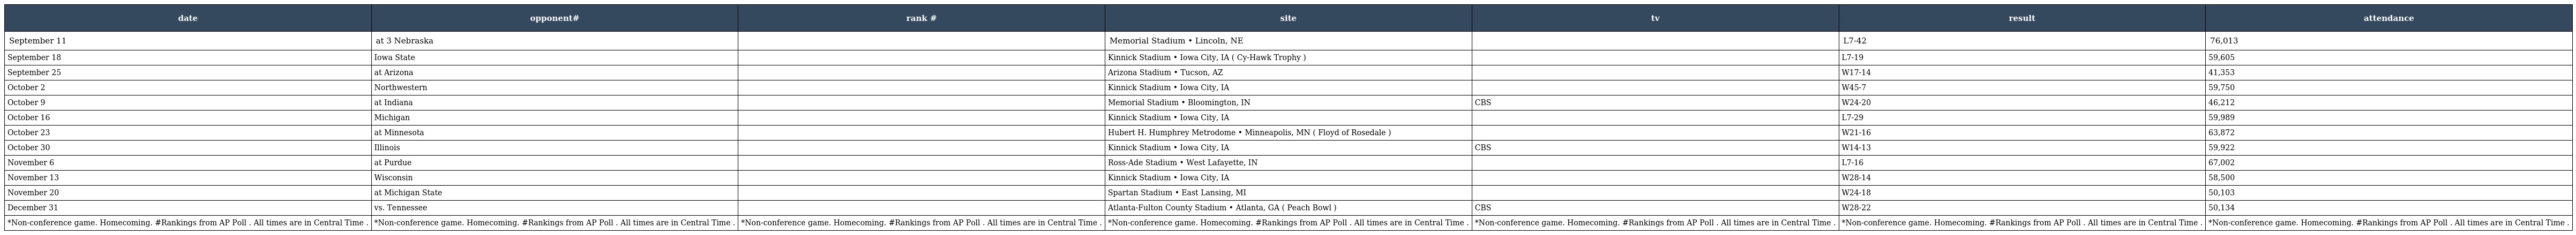
| date | opponent# | rank # | site | tv | result | attendance |
 | --- | --- | --- | --- | --- | --- | --- |
 | September 11 | at 3 Nebraska |  | Memorial Stadium • Lincoln, NE |  | L7-42 | 76,013 |
 | September 18 | Iowa State |  | Kinnick Stadium • Iowa City, IA ( Cy-Hawk Trophy ) |  | L7-19 | 59,605 |
 | September 25 | at Arizona |  | Arizona Stadium • Tucson, AZ |  | W17-14 | 41,353 |
 | October 2 | Northwestern |  | Kinnick Stadium • Iowa City, IA |  | W45-7 | 59,750 |
 | October 9 | at Indiana |  | Memorial Stadium • Bloomington, IN | CBS | W24-20 | 46,212 |
 | October 16 | Michigan |  | Kinnick Stadium • Iowa City, IA |  | L7-29 | 59,989 |
 | October 23 | at Minnesota |  | Hubert H. Humphrey Metrodome • Minneapolis, MN ( Floyd of Rosedale ) |  | W21-16 | 63,872 |
 | October 30 | Illinois |  | Kinnick Stadium • Iowa City, IA | CBS | W14-13 | 59,922 |
 | November 6 | at Purdue |  | Ross-Ade Stadium • West Lafayette, IN |  | L7-16 | 67,002 |
 | November 13 | Wisconsin |  | Kinnick Stadium • Iowa City, IA |  | W28-14 | 58,500 |
 | November 20 | at Michigan State |  | Spartan Stadium • East Lansing, MI |  | W24-18 | 50,103 |
 | December 31 | vs. Tennessee |  | Atlanta-Fulton County Stadium • Atlanta, GA ( Peach Bowl ) | CBS | W28-22 | 50,134 |
 | *Non-conference game. Homecoming. #Rankings from AP Poll . All times are in Central Time . | *Non-conference game. Homecoming. #Rankings from AP Poll . All times are in Central Time . | *Non-conference game. Homecoming. #Rankings from AP Poll . All times are in Central Time . | *Non-conference game. Homecoming. #Rankings from AP Poll . All times are in Central Time . | *Non-conference game. Homecoming. #Rankings from AP Poll . All times are in Central Time . | *Non-conference game. Homecoming. #Rankings from AP Poll . All times are in Central Time . | *Non-conference game. Homecoming. #Rankings from AP Poll . All times are in Central Time . |